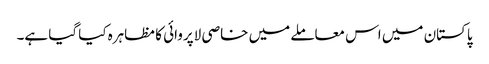
پاکستان میں اس معاملے میں خاصی لاپروائی کا مظاہرہ کیا گیا ہے۔